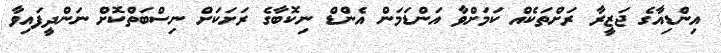
އިންޑިއާގެ ޖަޒީރާ ރަށްތަކެއް ކަމަށްވާ އަންޑަމަން އެންޑް ނިކޮބާގެ ރަށަކަށް ނިސްބަތްކޮށް ނަންދީފައިވާ